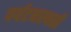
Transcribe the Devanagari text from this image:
पर्यटनस्‍थळी